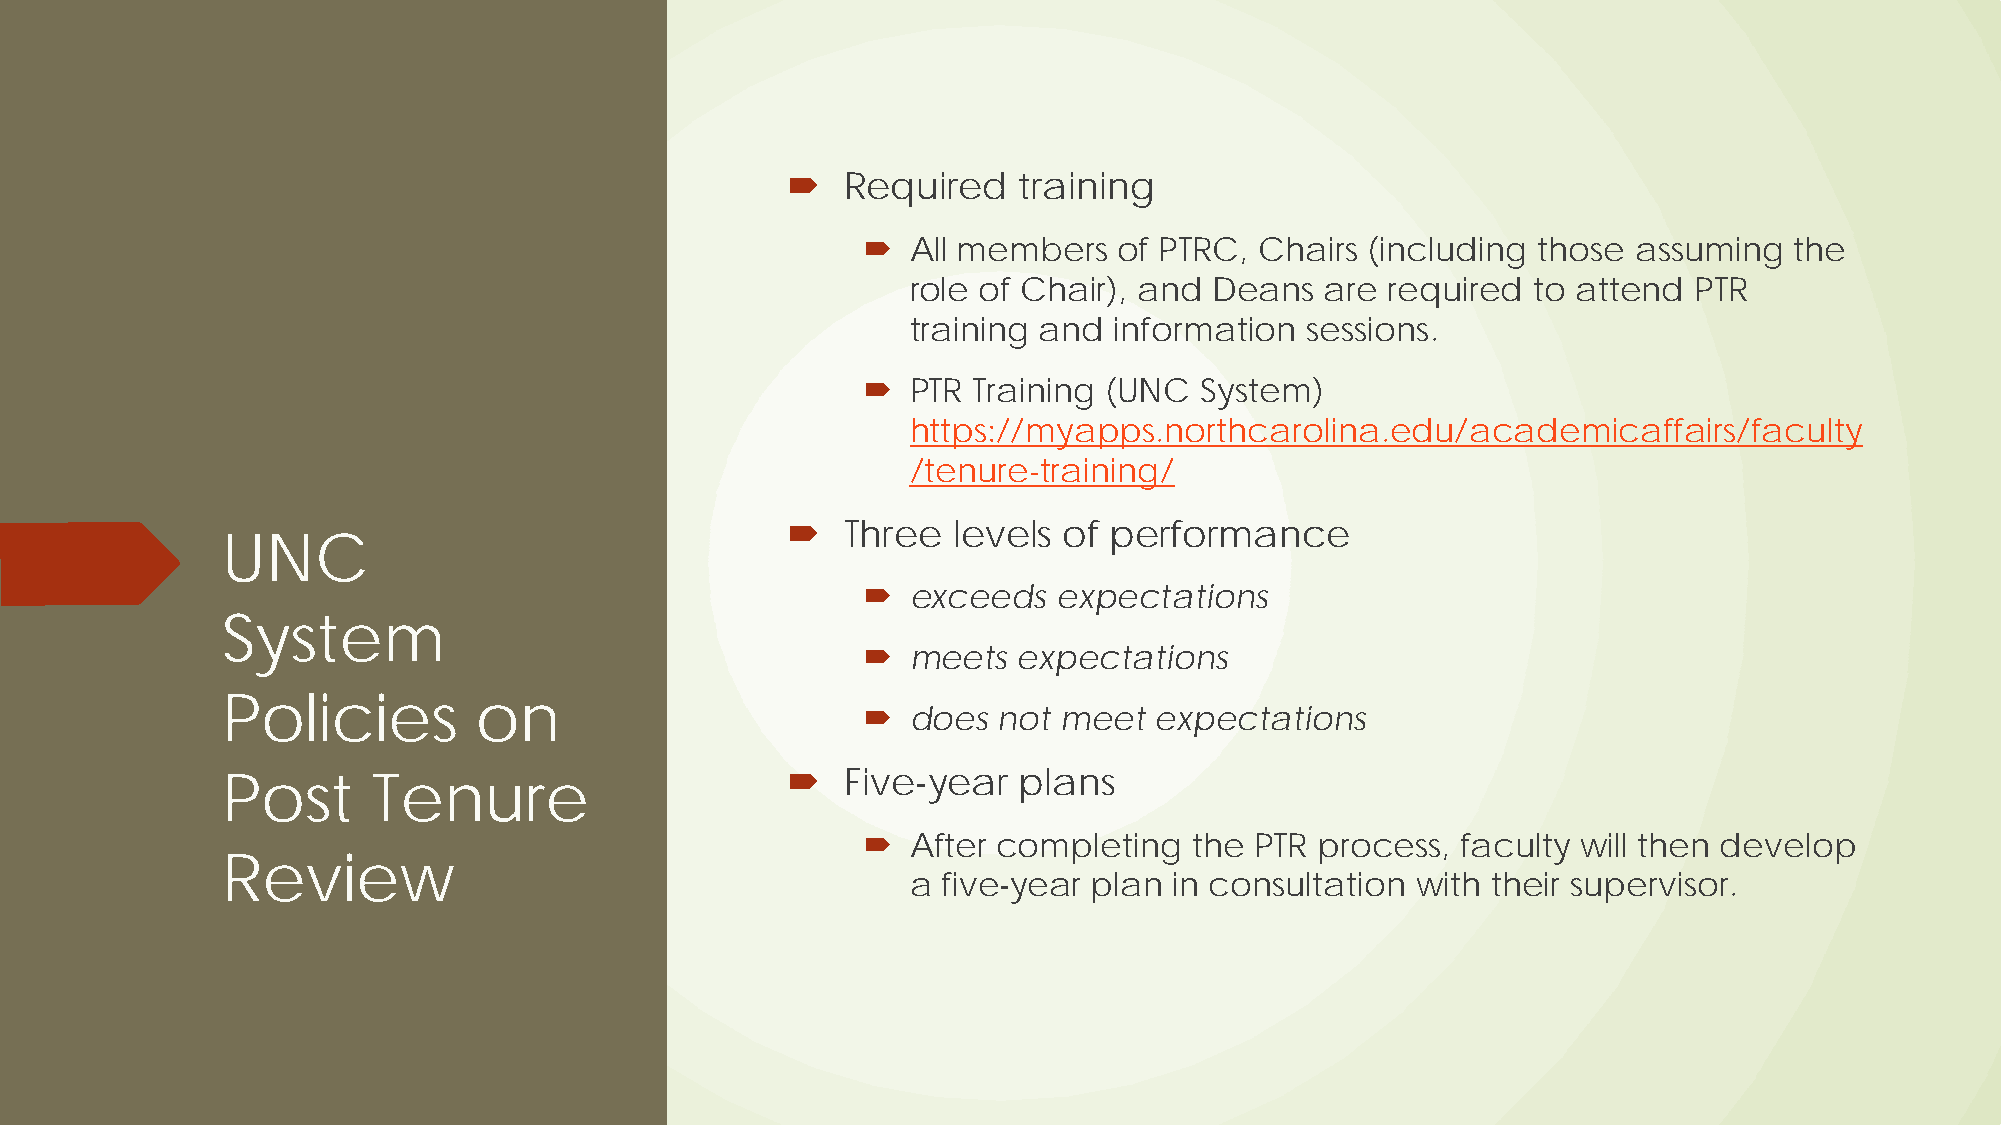
   Required   training
   All members   of PTRC, Chairs  (including those assuming   the
 role of Chair), and Deans   are required to attend  PTR
 training and  information  sessions.
   PTR Training (UNC  System)
 https://myapps.northcarolina.edu/academicaffairs/faculty
 /tenure-training/
    Three  levels of performance
 UNC
   exceeds   expectations
 System
   meets  expectations
 Policies        on
   does  not meet  expectations
    Five year  plans
 Post      Tenure
   After completing   the PTR process,  faculty will then develop
 Review                                        ‐
 a five year plan  in consultation with their supervisor.
 ‐